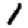
Digit: 1